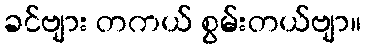
ခင်ဗျား တကယ် စွမ်းတယ်ဗျာ။